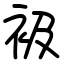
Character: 衱